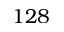
1 2 8